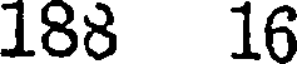
188 16